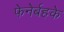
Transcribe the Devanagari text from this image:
फेनेर्बहके